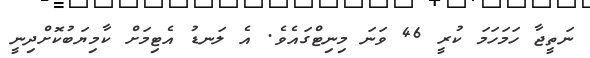
ނަތީޖާ ހަމަހަމަ ކުރީ 46 ވަނަ މިނިޓްގައެވެ. އެ ލަނޑު އެޓިމަށް ކާމިޔަބުކޮށްދިނީ